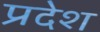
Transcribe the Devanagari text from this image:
प्रदेश्‍ा